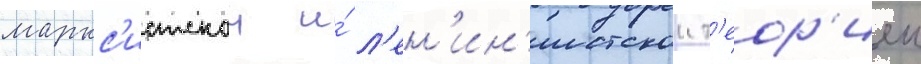
маркс'истскои и́ л'ен'ин'истскои т'еор'иеи